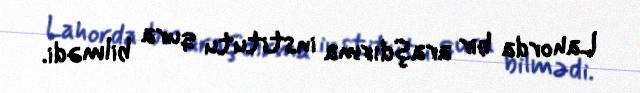
Lahorda bir araşdırma institutu qura bilmədi.